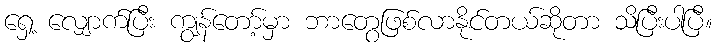
ရှေ့ လျှောက်ပြီး ကျွန်တော့်မှာ ဘာတွေဖြစ်လာနိုင်တယ်ဆိုတာ သိပြီးပါပြီ။